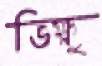
ভিক্ষু